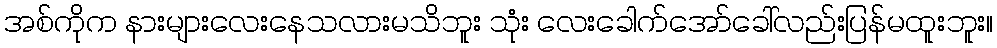
အစ်ကိုက နားများလေးနေသလားမသိဘူး သုံး လေးခေါက်အော်ခေါ်လည်းပြန်မထူးဘူး။